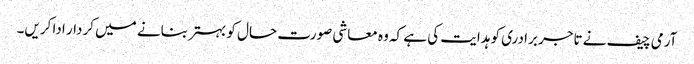
آرمی چیف نے تاجر برادری کو ہدایت کی ہے کہ وہ معاشی صورت حال کو بہتر بنانے میں کردار ادا کریں۔